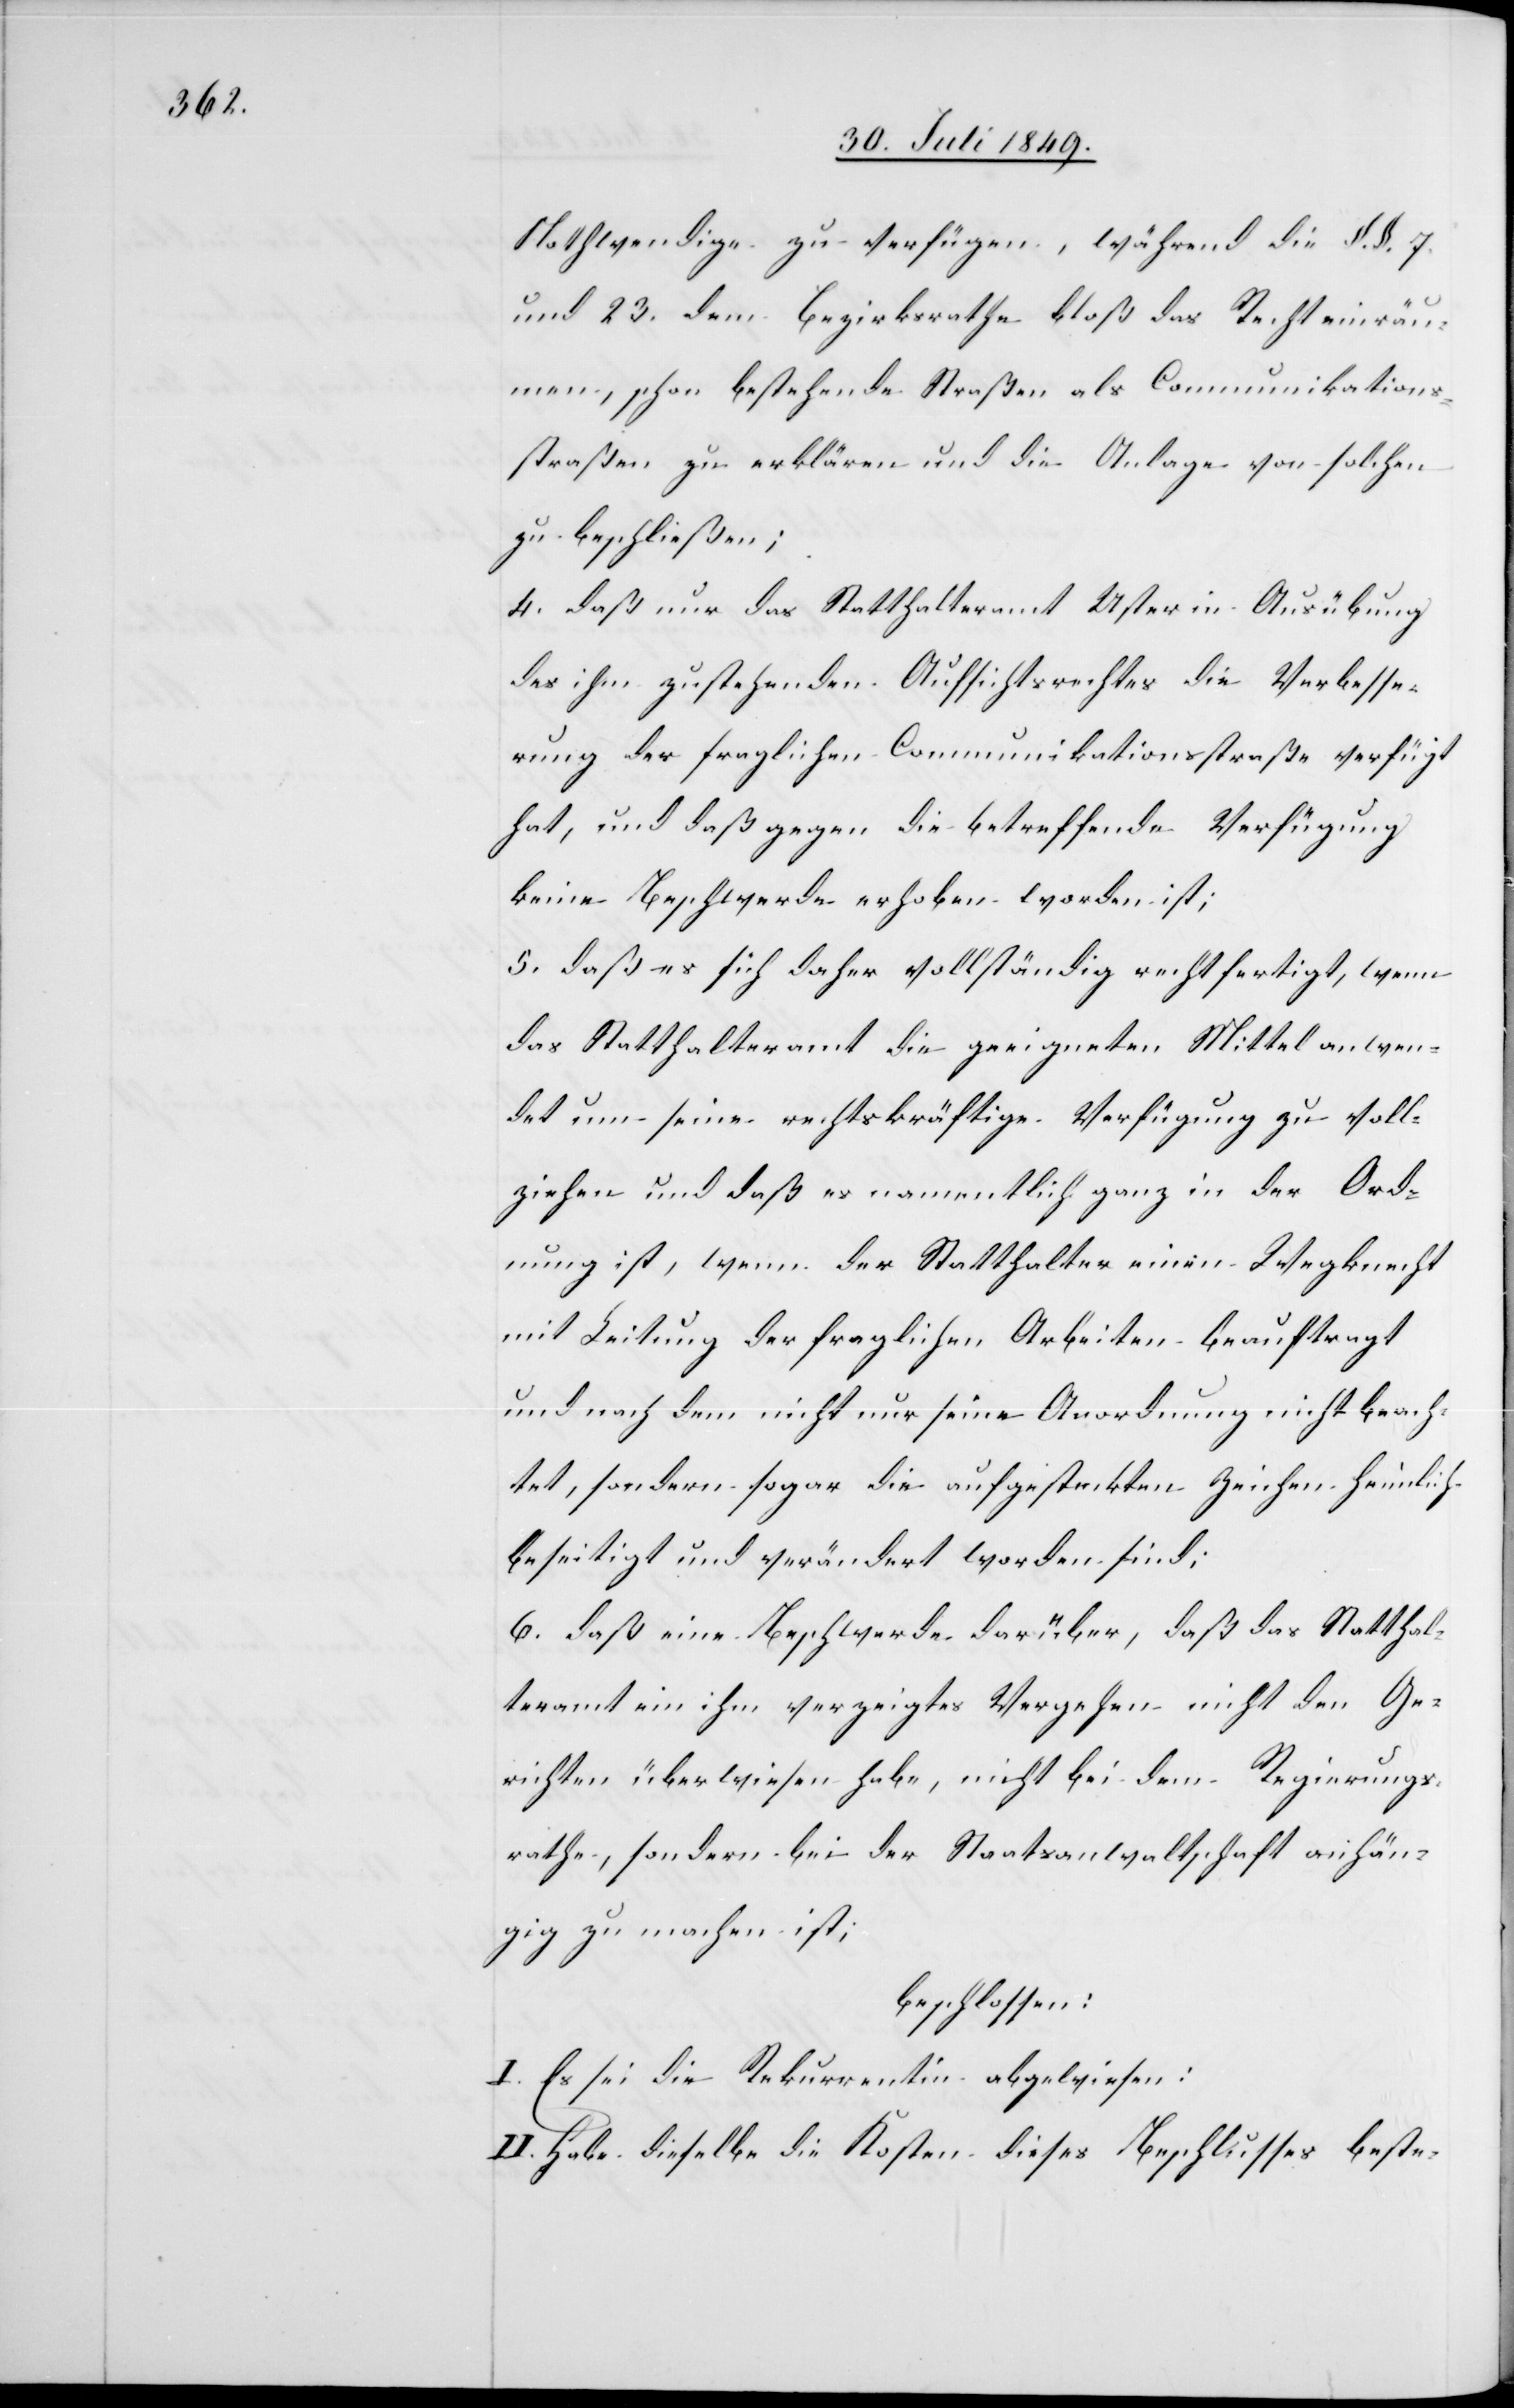
Nothwendige zu verfügen, während die §.§. 7.
und 23. dem Bezirksrathe bloß das Recht einräu¬
men, schon bestehende Straßen als Communikations¬
straßen zu erklären und die Anlage von solchen
zu beschließen;
4. daß nur das Statthalteramt Uster in Ausübung
des ihm zustehenden Aufsichtsrechtes die Verbesse¬
rung der fraglichen Communikationsstraße verfügt
hat, und daß gegen die betreffende Verfügung
keine Beschwerde erhoben worden ist;
5. daß es sich daher vollständig rechtfertigt, wenn
das Statthalteramt die geeigneten Mittel anwen¬
det um seine rechtskräftige Verfügung zu voll¬
ziehen und daß es namentlich ganz in der Ord¬
nung ist, wenn der Statthalter einen Wegknecht
mit Leitung der fraglichen Arbeiten beauftragt
und nach dem nicht nur seine Anordnung nicht beach¬
tet, sondern sogar die aufgesteckten Zeichen heimlich
beseitigt und verändert worden sind;
6. daß eine Beschwerde darüber, daß das Statthal¬
teramt ein ihm verzeigtes Vergehen nicht den Ge¬
richten überwiesen habe, nicht bei dem Regierungs¬
rathe, sondern bei der Staatsanwaltschaft anhän¬
gig zu machen ist;
beschlossen:
I. Es sei die Rekurrentin abgewiesen:
II. Habe dieselbe die Kosten dieses Beschlusses beste-